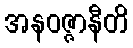
အနဝဇ္ဇာနီတိ